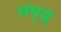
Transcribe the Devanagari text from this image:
संमृद्ध्